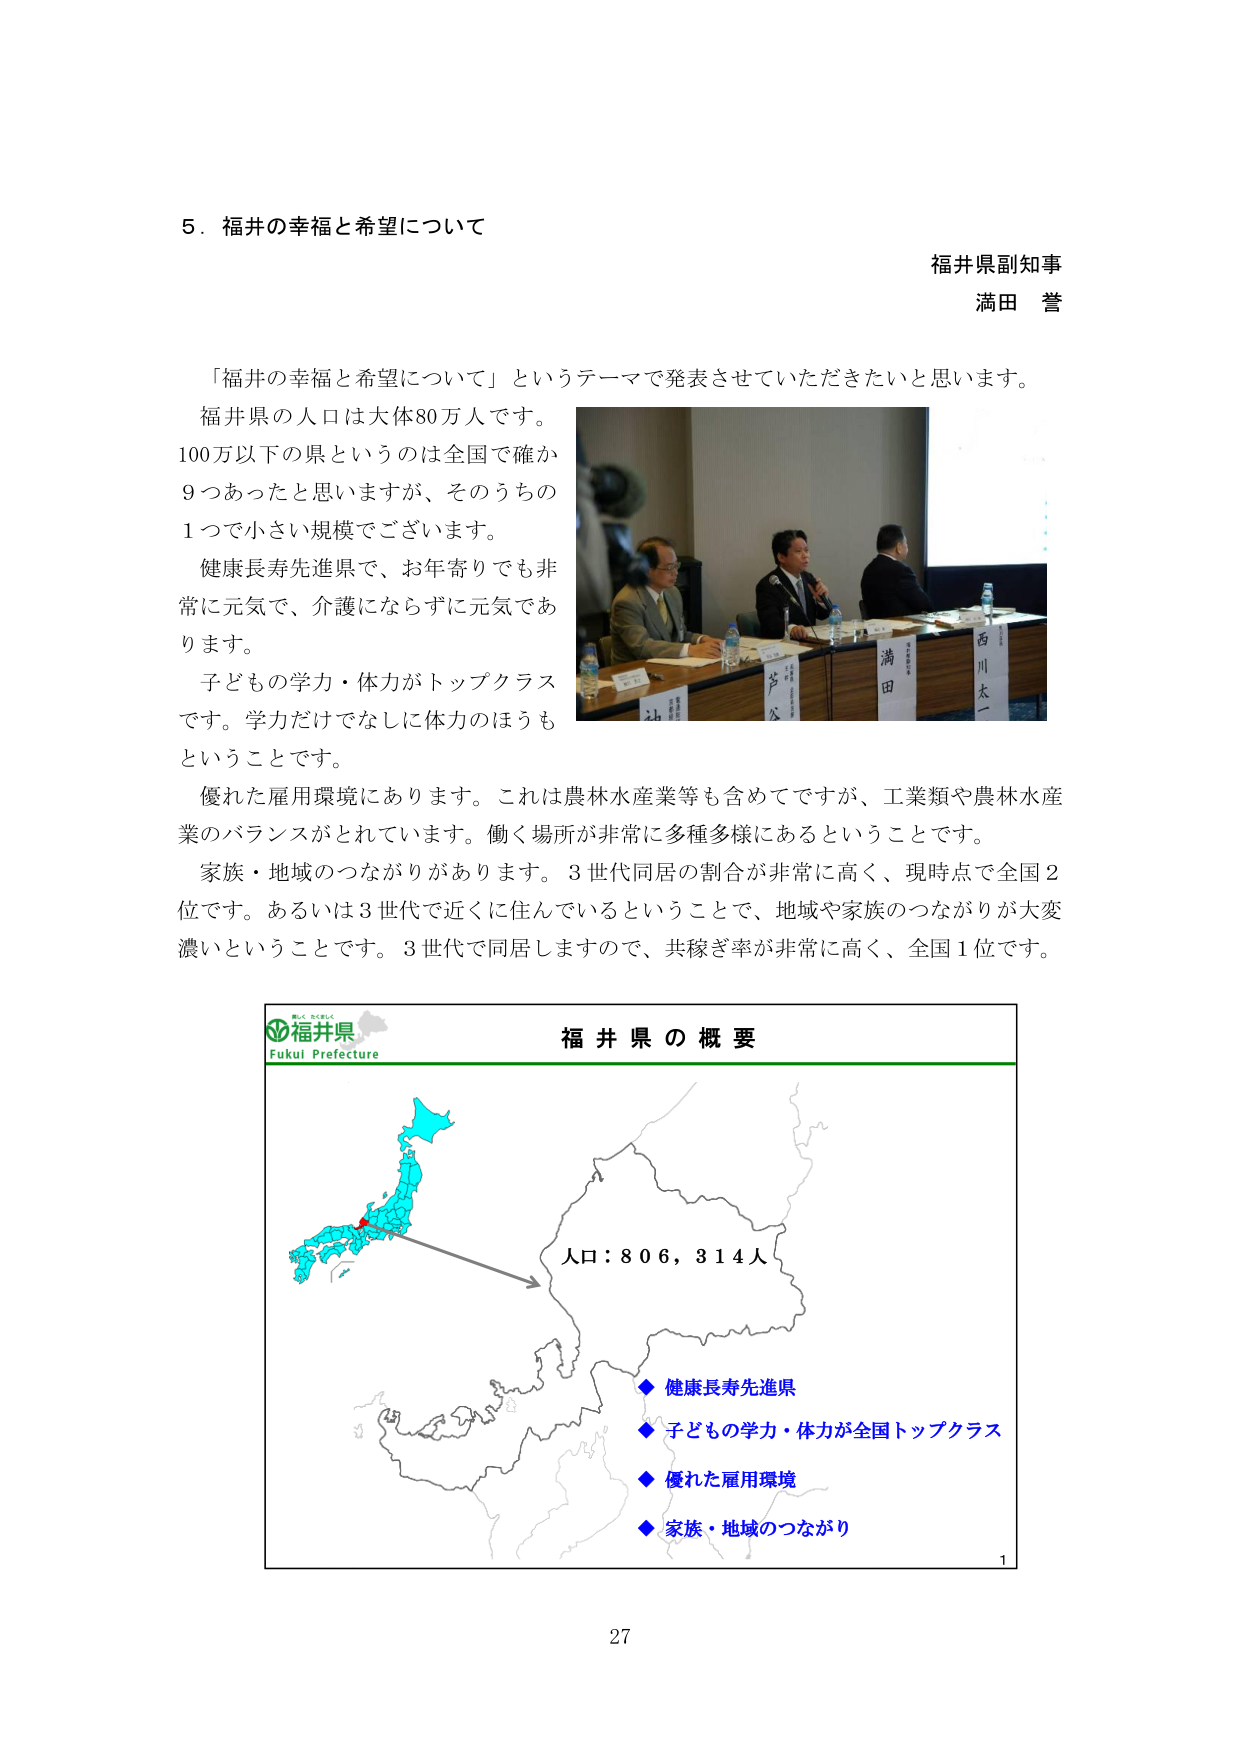
5．福井の幸福と希望について

福井県副知事
満田 誉

「福井の幸福と希望について」というテーマで発表させていただきたいと思います。
福井県の人口は大体80万人です。
100万以下の県というのは全国で確か
9つあったと思いますが、そのうちの
1つで小さい規模でございます。
健康長寿先進県で、お年寄りでも非
常に元気で、介護にならずに元気であ
ります。
子どもの学力・体力がトップクラス
です。学力だけではなくに体力のほうも
ということです。
優れた雇用環境にあります。これは農林水産業等も含めてですが、工業類や農林水産
業のバランスがとれています。働く場所が非常に多種多様にあるということです。
家族・地域のつながりがあります。3世代同居の割合が非常に高く、現時点で全国2
位です。あるいは3世代で近くに住んでいるということで、地域や家族のつながりが大変
濃いということです。3世代で同居しますので、共稼ぎ率が非常に高く、全国1位です。

福井県
Fukui Prefecture
福 井 県 の 概 要

人口：806,314人

◆ 健康長寿先進県
◆ 子どもの学力・体力が全国トップクラス
◆ 優れた雇用環境
◆ 家族・地域のつながり

1

27